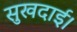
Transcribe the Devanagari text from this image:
सुखदाई।